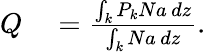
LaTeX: \begin{array}{rl}{Q}&{{}=\frac{\int_{k}P_{k}Na\, dz}{\int_{k}Na\, dz}.}\end{array}